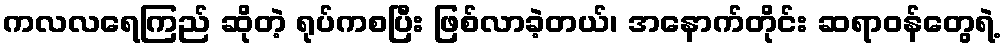
ကလလရေကြည် ဆိုတဲ့ ရုပ်ကစပြီး ဖြစ်လာခဲ့တယ်၊ အနောက်တိုင်း ဆရာဝန်တွေရဲ့